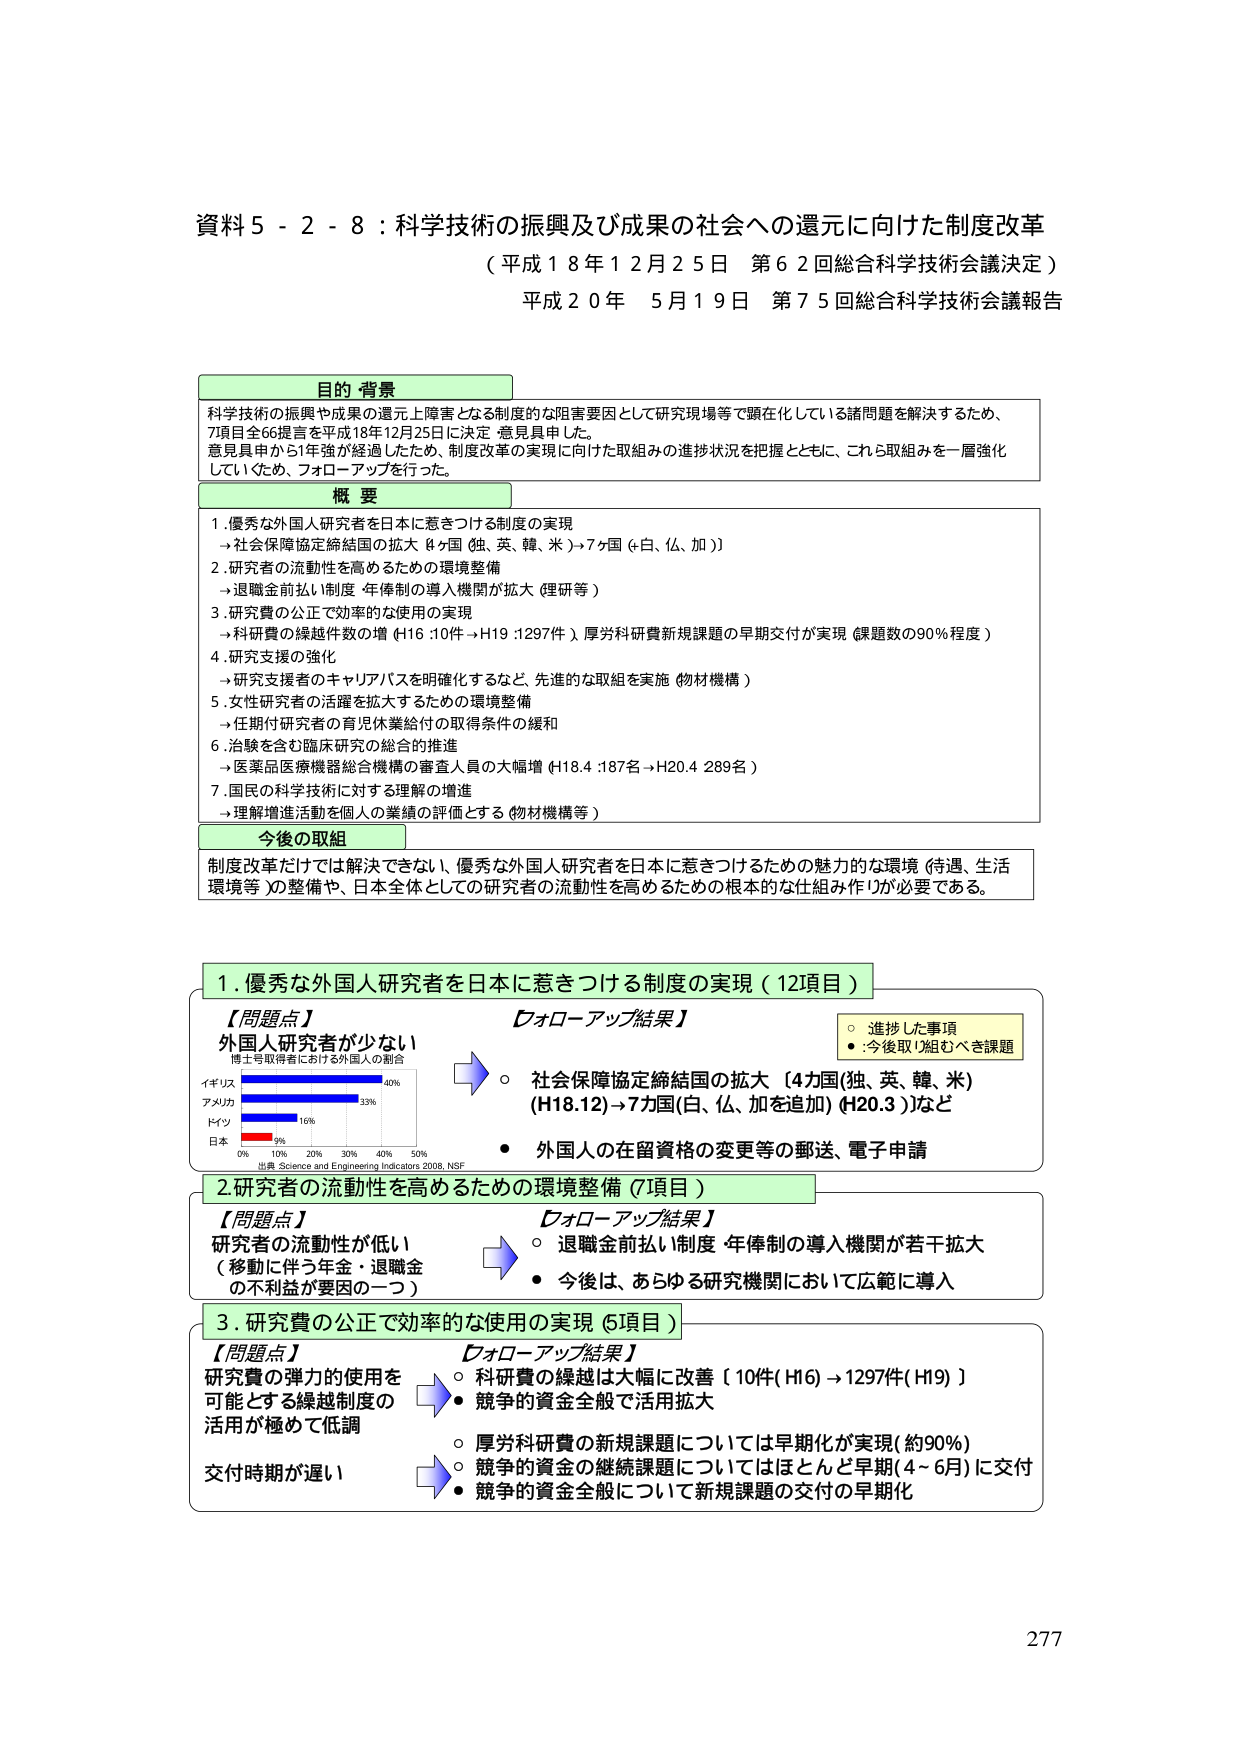
資料５－２－８：科学技術の振興及び成果の社会への還元に向けた制度改革
（平成１８年１２月２５日 第６２回総合科学技術会議決定）
平成２０年 ５月１９日 第７５回総合科学技術会議報告

目的・背景
科学技術の振興や成果の還元に障害となる制度的な阻害要因として研究現場等で顕在化している諸問題を解決するため、
7項目全66提言を平成18年12月25日に決定 意見具申した。
意見具申から1年強が経過したため、制度改革の実現に向けた取組みの進捗状況を把握とともに、これら取組みを一層強化
していくため、フォロー・アップを行った。

概要
1. 優秀な外国人研究者を日本に惹きつける制度の実現
　→社会保障協定締結国の拡大 4か国（独、英、韓、米）→7か国（+白、仏、加）
2. 研究者の流動性を高めるための環境整備
　→退職金前払い制度・年俸制の導入機関が拡大（理研等）
3. 研究費の公正で効率的な使用の実現
　→研究費の繰越件数の増（H16：10件 → H19：1297件）厚労科研費新規課題の早期交付が実現（課題数の90％程度）
4. 研究支援の強化
　→研究支援者のキャリアパスを明確化するなど、先進的な取組を実施（物材機構）
5. 女性研究者の活躍を拡大するための環境整備
　→任期付研究者の育児休業給付の取得条件の緩和
6. 治験を含む臨床研究の総合的推進
　→医薬品医療機器総合機構の審査人員の大幅増（H18.4：187名 → H20.4：289名）
7. 国民の科学技術に対する理解の増進
　→理解増進活動を個人の業績の評価とする（物材機構等）

今後の取組
制度改革だけでは解決できない、優秀な外国人研究者を日本に惹きつけるための魅力的な環境（待遇、生活環境等）の整備や、日本全体としての研究者の流動性を高めるための根本的な仕組み作りが必要である。

1. 優秀な外国人研究者を日本に惹きつける制度の実現（12項目）
　【問題点】
　外国人研究者が少ない
　博士号取得者における外国人の割合
　イギリス 40%
　アメリカ 33%
　ドイツ 16%
　日本 9%
　0% 10% 20% 30% 40% 50%
　出典：Science and Engineering Indicators 2008, NSF
　【フォロー・アップ結果】
　○ 社会保障協定締結国の拡大【4カ国（独、英、韓、米）（H18.12）→7カ国（白、仏、加を追加）（H20.3）】など
　● 外国人の在留資格の変更等の郵送、電子申請

2. 研究者の流動性を高めるための環境整備（7項目）
　【問題点】
　研究者の流動性が低い
　（移動に伴う年金・退職金の不利益が要因の一つ）
　【フォロー・アップ結果】
　○ 退職金前払い制度・年俸制の導入機関が若干拡大
　● 今後は、あらゆる研究機関において広範に導入

3. 研究費の公正で効率的な使用の実現（5項目）
　【問題点】
　研究費の弾力的使用を可能とする繰越制度の活用が極めて低調
　交付時期が遅い
　【フォロー・アップ結果】
　○ 科研費の繰越は大幅に改善【10件（H16）→1297件（H19）】
　● 競争的資金全般で活用拡大
　○ 厚労科研費の新規課題については早期化が実現（約90%）
　○ 競争的資金の継続課題についてはほとんどが早期（4～6月）に交付
　● 競争的資金全般について新規課題の交付の早期化

277